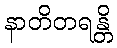
နာတိတရန္တိ